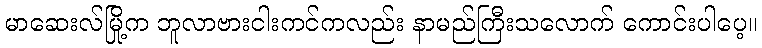
မာဆေးလ်မြို့က ဘူလာဗားငါးကင်ကလည်း နာမည်ကြီးသလောက် ကောင်းပါပေ့။